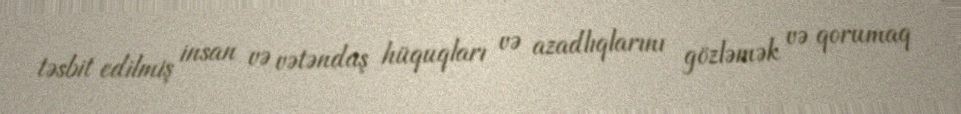
təsbit edilmiş insan və vətəndaş hüquqları və azadlıqlarını gözləmək və qorumaq